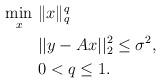
LaTeX: \begin{align*}\begin{aligned}\min_{x}&~\|x\|_{q}^q\\ &~||y-{A}x||_2^2\leq\sigma^2,\\ &~0<q\leq1.\end{aligned}\end{align*}